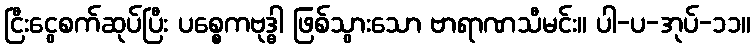
ငြီးငွေစက်ဆုပ်ပြီး ပစ္စေကဗုဒ္ဓါ ဖြစ်သွားသော ဗာရာဏသီမင်း။ ပါ-ပ-အုပ်-၁၁။